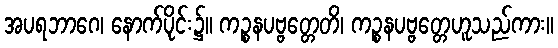
အပရဘာဂေ၊ နောက်ပိုင်း၌။ ကဉ္စနပဗ္ဗတ္တေတိ၊ ကဉ္စနပဗ္ဗတ္တေဟူသည်ကား။